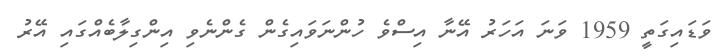
ވަޑައިގަތީ 1959 ވަނަ އަހަރު އޭނާ އިސްވެ ހުންނަވައިގެން ގެންނެވި އިންގިލާބެއްގައި އޭރު